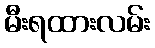
မီးရထားလမ်း